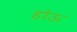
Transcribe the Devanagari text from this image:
होऊ